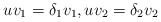
\begin{align*} uv_{1}=\delta_{1}v_{1}, uv_{2}=\delta_{2}v_{2}\end{align*}